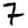
Digit: 7